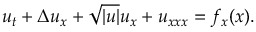
u _ { t } + \Delta u _ { x } + \sqrt { | u | } u _ { x } + u _ { x x x } = f _ { x } ( x ) .